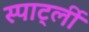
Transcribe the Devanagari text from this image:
स्पार्ट्ली